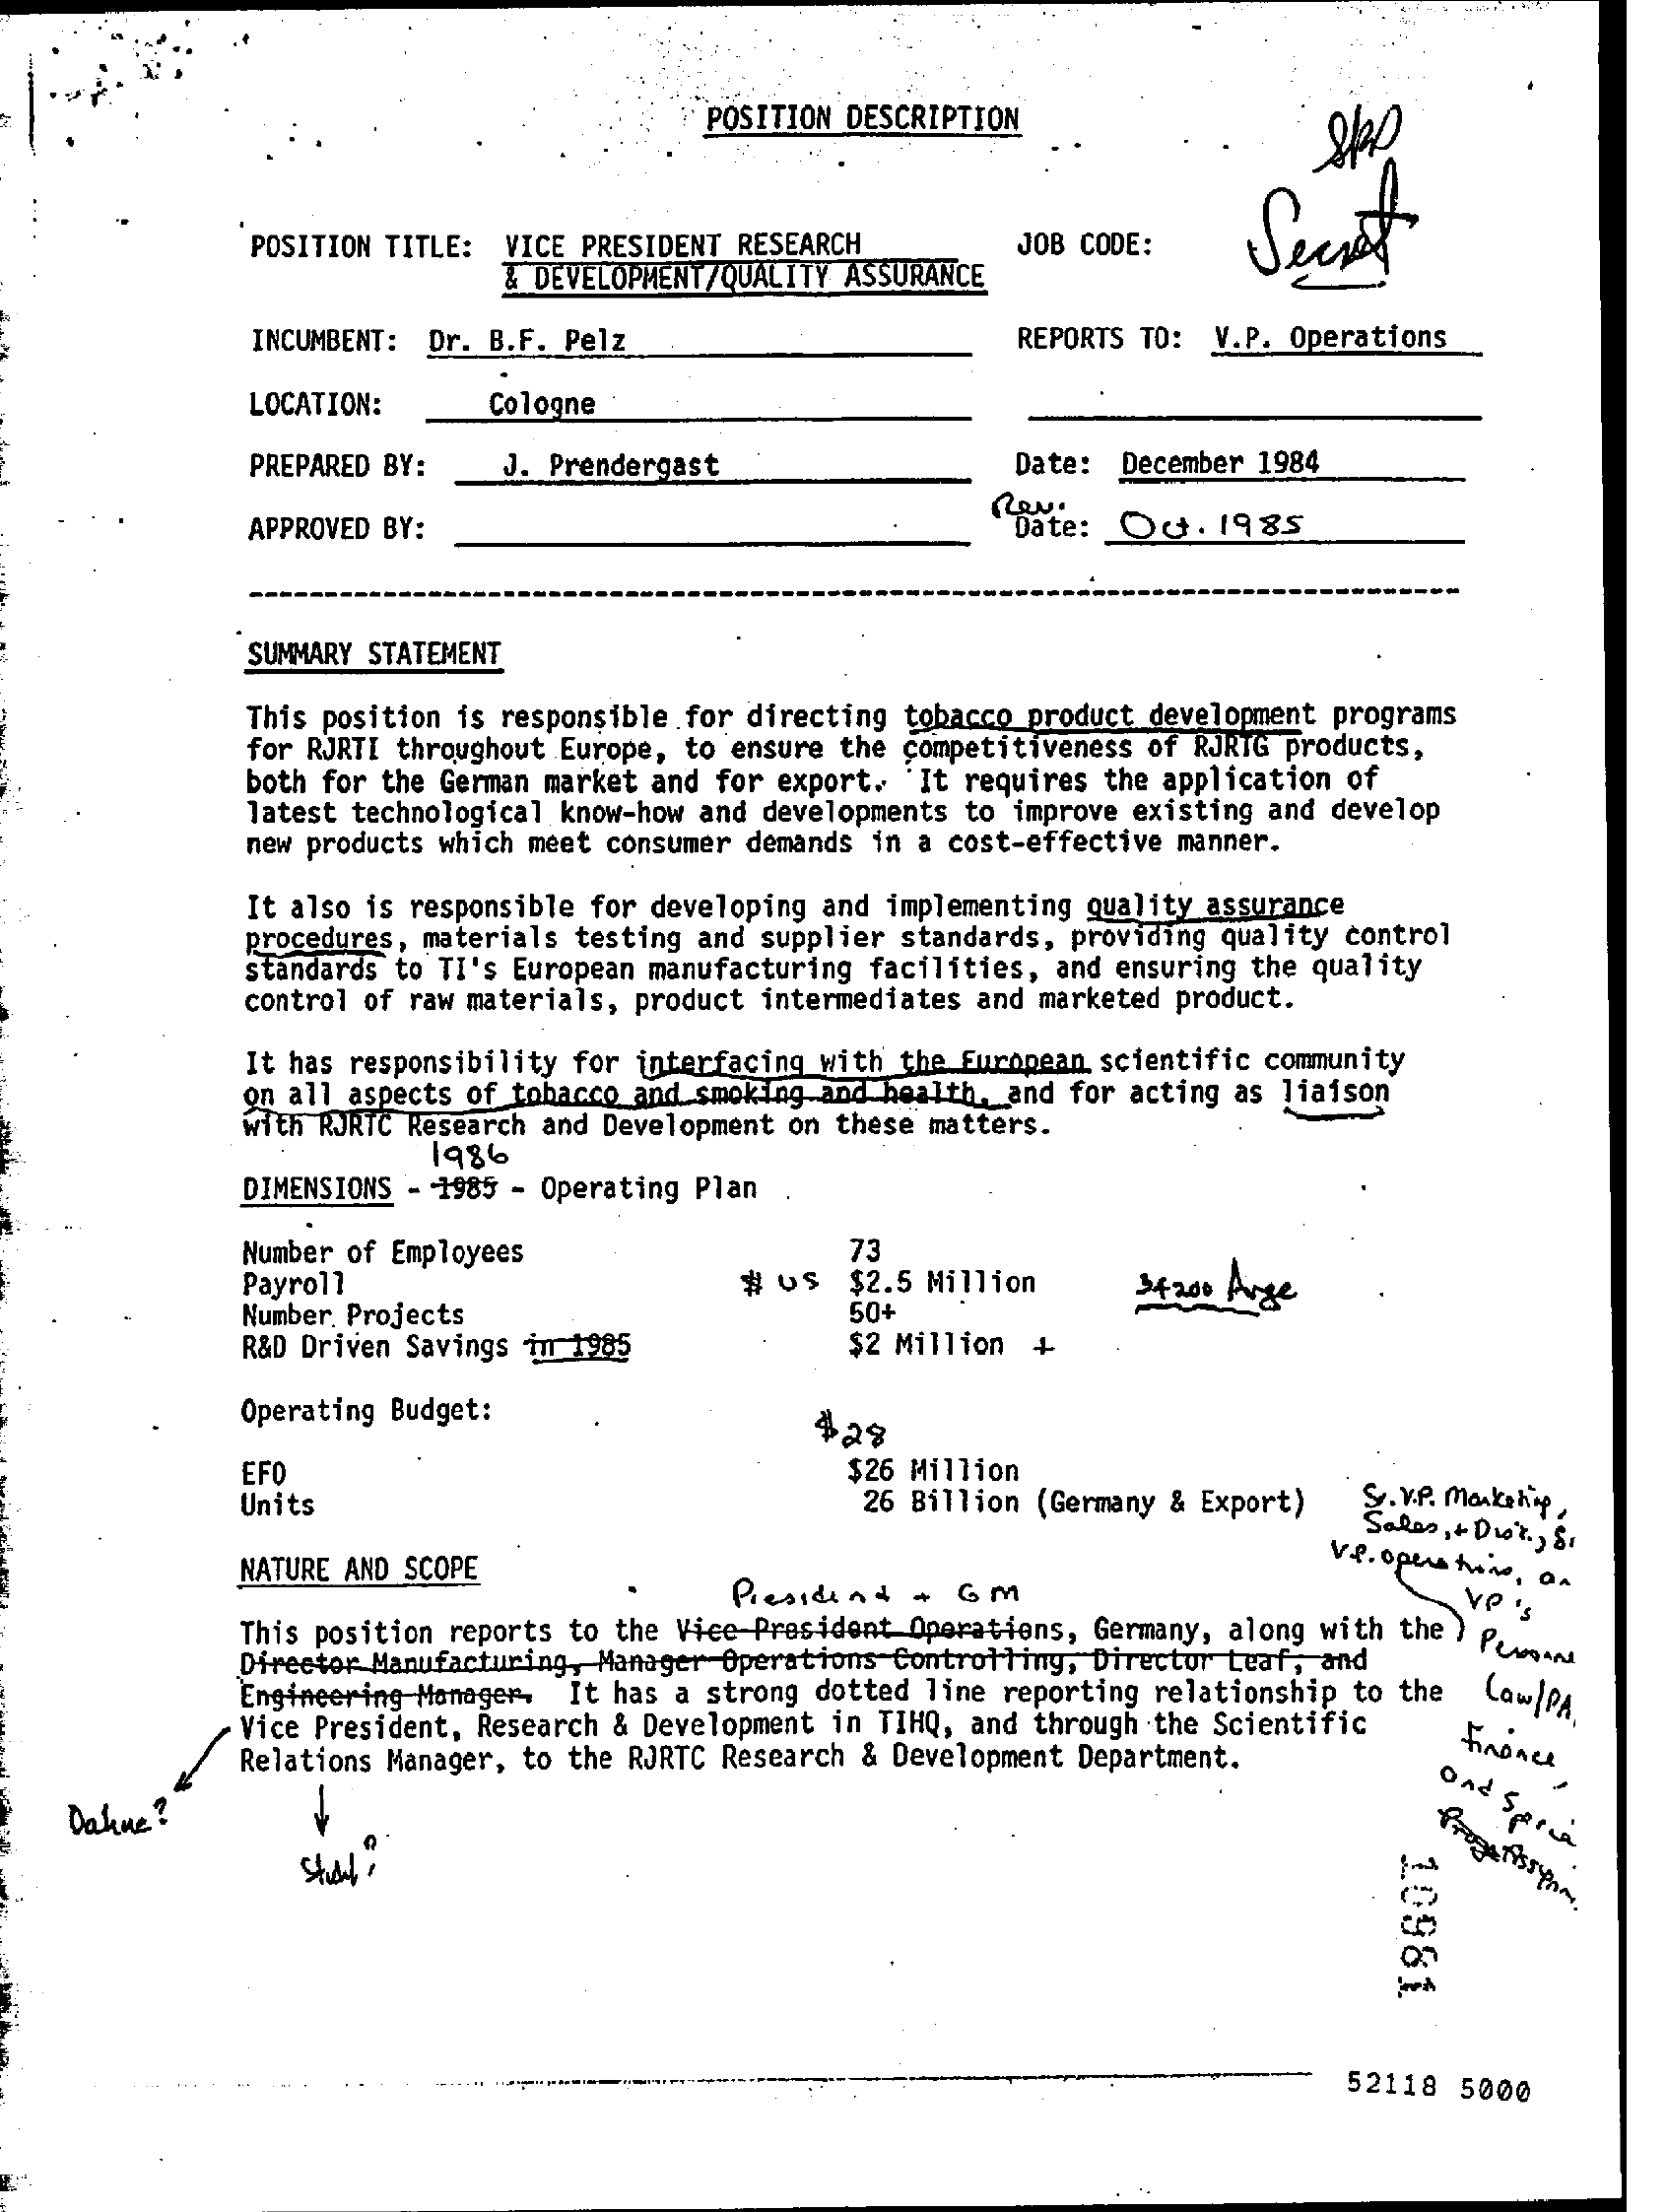
POSITION DESCRIPTION
     Secret POSITION TITLE: VICE PRESIDENT RESEARCH
     & DEVELOPMENT/QUALITY ASSURANCE
     JOB CODE:
     INCUMBENT: Dr. B.F. Pelz    REPORTS TO: V.P. Operations
     LOCATION:    Cologne
     PREPARED BY:  J. Prendergast    Date: December 1984
     APPROVED BY:    Date: Oct. 1985
     SUMMARY STATEMENT
     This position is responsible for directing tobacco product development programs
     for RJRTI throughout Europe, to ensure the competitiveness of RJRTG products,
     both for the German market and for export. 'It requires the application of
     latest technological know-how and developments to improve existing and develop
     new products which meet consumer demands in a cost-effective manner.
     It also is responsible for developing and implementing quality assurance
     procedures, materials testing and supplier standards, providing quality control
     standards to TI's European manufacturing facilities, and ensuring the quality
     control of raw materials, product intermediates and marketed product.
     It has responsibility for interfacing with the European scientific community
     on all aspects of tobacco and smoking and health, and for acting as liaison
     with RURTC Research and Development on these matters.
     DIMENSIONS - 1985 - Operating Plan
     1986
     Number of Employees    73
     Payroll    $2.5 Million    34200 Arge
     Number. Projects    50+
     R&D Driven Savings in 1985    $2 Million +
     Operating Budget:    428
     EFO    $26 Million
     Units    26 Billion (Germany & Export) S. V.P. Marketing,
     Sales, + Droit ., S.
     NATURE AND SCOPE    Ve. operatore, on President + GM VP's
     This position reports to the Vice President Operations, Germany, along with the / Plant
     Director Manufacturing, Manager Operations Controlling, Director teaf, and
     Engineering Manager. It has a strong dotted line reporting relationship to the Cow ] PA
     Vice President, Research & Development in TIHQ, and through the Scientific
     Relations Manager, to the RJRTC Research & Development Department.
     and
     Serve Dahme ?
     10981
     52118 5000